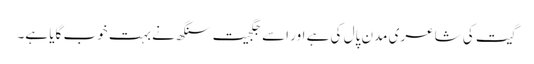
گیت کی شاعری مدن پال کی ہے اور اسے جگجیت سنگھ نے بہت خوب گایا ہے۔